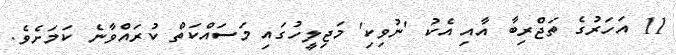
11 އަހަރުގެ ތަޖްރިބާ އާއި އެކު 'ނުވިކި' މަޖިލީހުގައި މަސައްކަތް ކުރައްވާނެ ކަމަށެވެ.